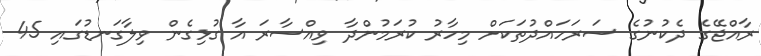
ރާއްޖޭގެ ދެކުނުގެ ސަރަހައްދުތަކަށް މިހާރު ކުރަމުންދާ ވިއްސާރަ އާ ގުޅިގެން ވިލާގަނޑުގައި 45